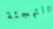
التهجئة